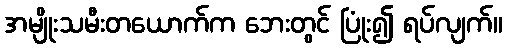
အမျိုးသမီးတယောက်က ဘေးတွင် ပြုံး၍ ရပ်လျက်။